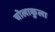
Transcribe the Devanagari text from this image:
चोलाकुला